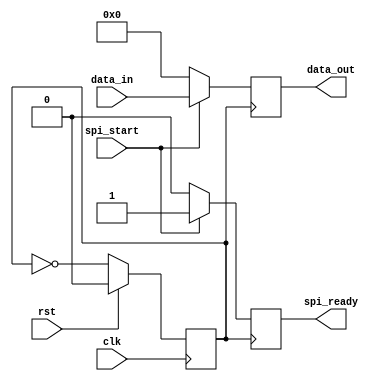
module timing_control_sync (
    input wire clk, // Clock input
    input wire rst, // Reset input
    input wire spi_start, // Start signal for SPI communication
    input wire [7:0] data_in, // Data input from SPI master
    output reg [7:0] data_out, // Data output to SPI master
    output reg spi_ready // Signal indicating when data is ready for transmission/reception
);

// Clock generator module
reg clk_gen;
always @(posedge clk) begin
    if (rst) begin
        clk_gen <= 0;
    end else begin
        clk_gen <= ~clk_gen; // Invert clock signal for SPI communication
    end
end

// Logic for managing timing of data transfer
always @(posedge clk_gen) begin
    if (spi_start) begin
        data_out <= data_in;
        spi_ready <= 1; // Signal that data is ready for transmission/reception
    end else begin
        data_out <= 8'b0;
        spi_ready <= 0;
    end
end

endmodule